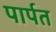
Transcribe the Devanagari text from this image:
पार्पत